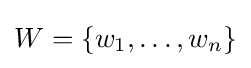
W=\{w_{1},\ldots ,w_{n}\}